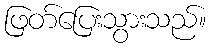
ဖြတ်ပြေးသွားသည်။